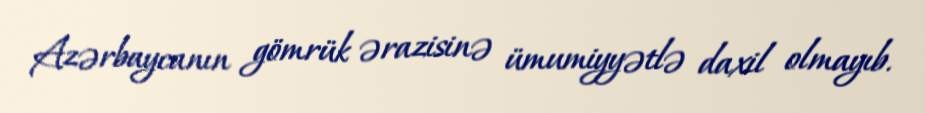
Azərbaycanın gömrük ərazisinə ümumiyyətlə daxil olmayıb.